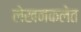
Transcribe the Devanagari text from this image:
लेखनकलेत